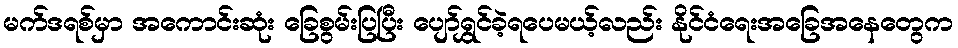
မက်ဒရစ်မှာ အကောင်းဆုံး ခြေစွမ်းပြပြီး ပျော်ရွှင်ခဲ့ရပေမယ့်လည်း နိုင်ငံရေးအခြေအနေတွေက